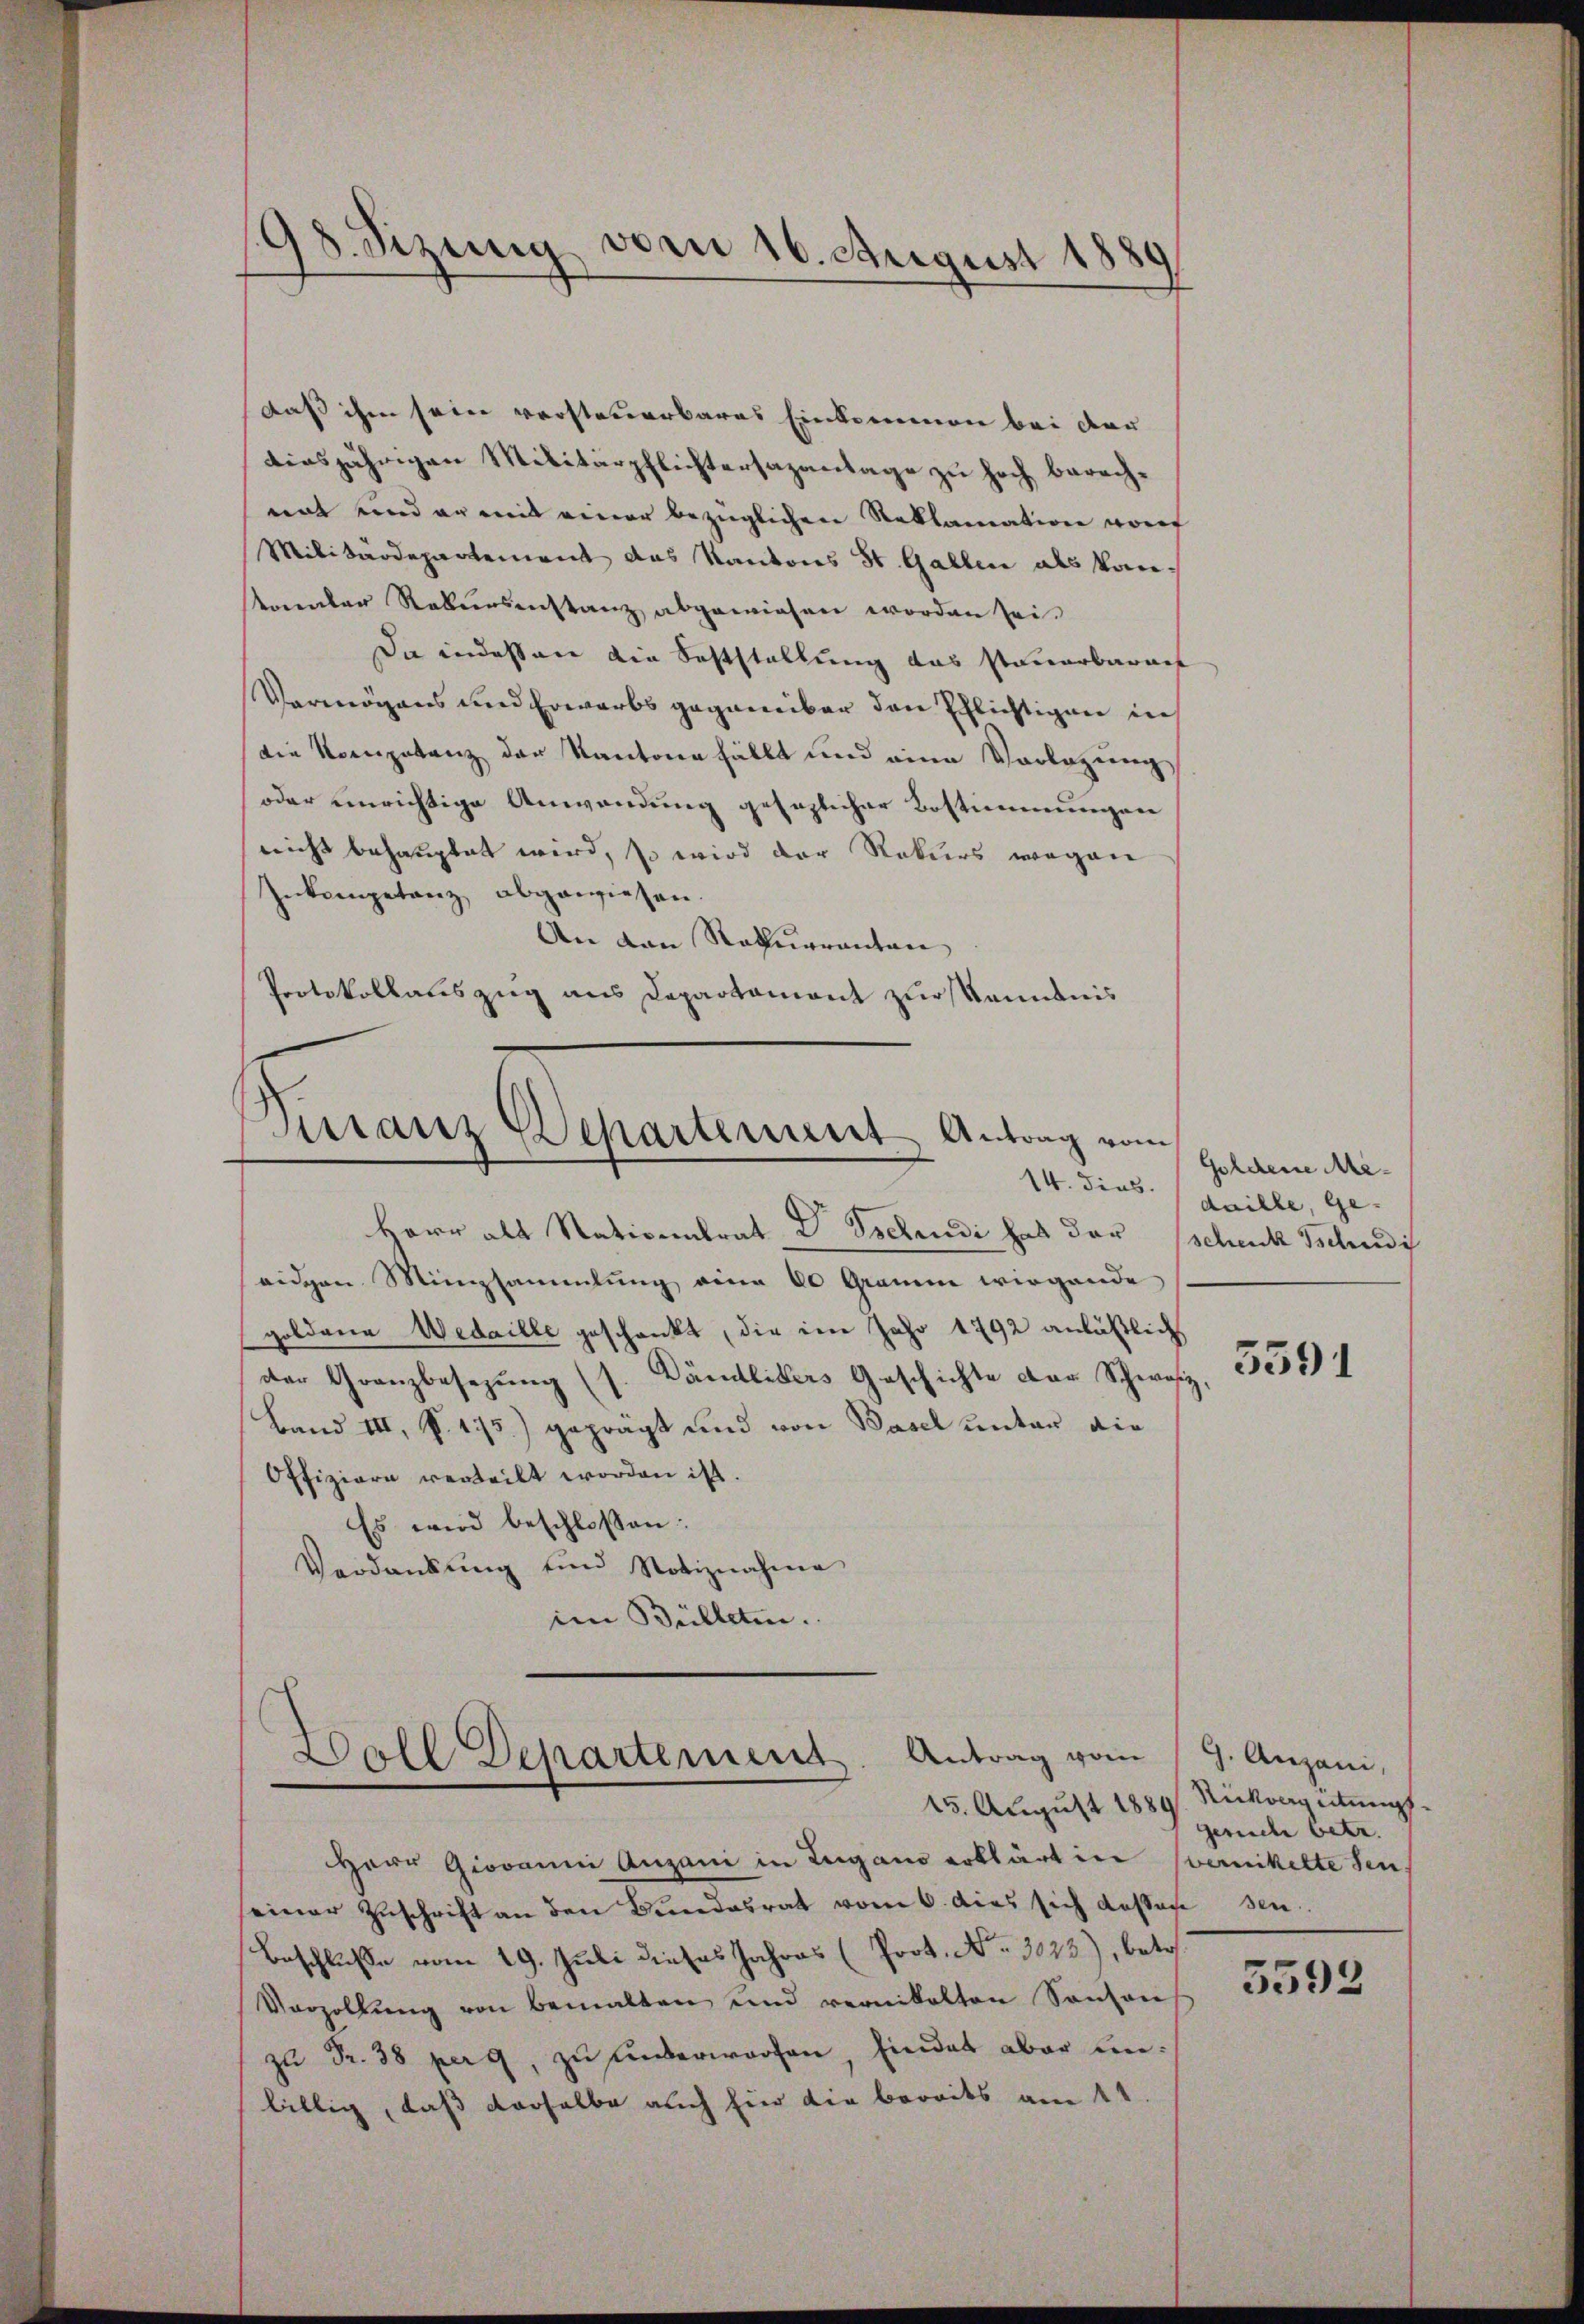
dass ihm sein versteuerbares Einkommen bei der
diesjährigen Militärpflichtersazantage zu hoch berechmat und er mit einer bezüglichen Reklamation vorer
Militärdepartement das Kantons St. Gallen als Vor-
komentar Rekursenstanz abgewiesen worden sei.
Da indessen die Feststellung das steuerbarent
Vermögens und Erwarbs gegenüber den Pflichtigen in
die Kompetenz der Kantone fällt und eine Vorlegung
oder einrichtige Anwendung gesaglicher Bestimmungen
nicht behauptet wird, so wird der Rekurs wegen
Inkompetanz abgewiesen.
An den Rekurrenten
Protokollauszug aus Departamont zur Kenntnis

198. Sizung vom 16. August 1880

Turanz Departement Antrag von
14. dies

korr alt Nationalrat Dr. Behandi hat der
eigen Münzsammlung eine 60 Gramm wirgende
goldene Wedaille geschankt, die im Jahr 1792 anläßlich
der Granzbesezung (s. Bändlikers Geschichte der Schweiz
Band III, P. 175.) geprägt und von Basel unter die
Offiziere verteilt worden ist.
Es wird beschlossen:
Verdankŭng find Notiznahme
im Bülleten.

Woll Departement. Antrag vom

15. August 1889. Nickorgütungs
Herr Giovanni Auzani in Teigano erklärt in verikelte sen.
seiner Zuschrift an den Bundesrat vom 6. dies sich dassen sei
Beschluße vom 29. Juli dieses Jahres (Prot. No. 3023), betr.
Vorzollŭng von bemalten und vernitalten Sonton
zŭ Fr. 38 perg, zu unterworfen, Eindet aber unbillig, daß derselbe auch für die bereits am 11.

Goldene Medaille, Ge-
schenk Tschudi

5591

G. Angani,
gesuche betr.

5592